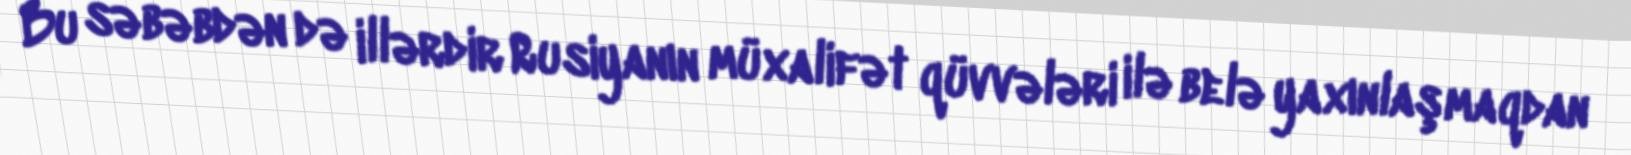
Bu səbəbdən də illərdir Rusiyanın müxalifət qüvvələri ilə belə yaxınlaşmaqdan